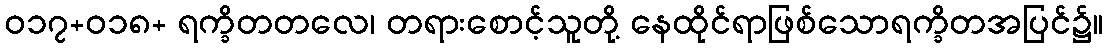
ဝ၁၇+ဝ၁၈+ ရက္ခိတတလေ၊ တရားစောင့်သူတို့ နေထိုင်ရာဖြစ်သောရက္ခိတအပြင်၌။